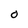
Character: O